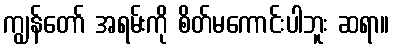
ကျွန်တော် အရမ်းကို စိတ်မကောင်းပါဘူး ဆရာ။